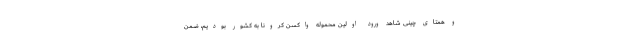
و همتای چینی شاهد ورود اولین محموله واکسن کرونا به کشور بودیم، ضمن